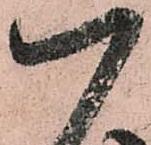
以